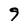
Character: 9